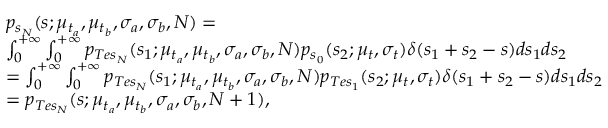
\begin{array} { r l } & { p _ { s _ { N } } ( s ; \mu _ { t _ { a } } , \mu _ { t _ { b } } , \sigma _ { a } , \sigma _ { b } , N ) = } \\ & { \int _ { 0 } ^ { + \infty } \int _ { 0 } ^ { + \infty } p _ { T e s _ { N } } ( s _ { 1 } ; \mu _ { t _ { a } } , \mu _ { t _ { b } } , \sigma _ { a } , \sigma _ { b } , N ) p _ { s _ { 0 } } ( s _ { 2 } ; \mu _ { t } , \sigma _ { t } ) \delta ( s _ { 1 } + s _ { 2 } - s ) d s _ { 1 } d s _ { 2 } } \\ & { = \int _ { 0 } ^ { + \infty } \int _ { 0 } ^ { + \infty } p _ { T e s _ { N } } ( s _ { 1 } ; \mu _ { t _ { a } } , \mu _ { t _ { b } } , \sigma _ { a } , \sigma _ { b } , N ) p _ { T e s _ { 1 } } ( s _ { 2 } ; \mu _ { t } , \sigma _ { t } ) \delta ( s _ { 1 } + s _ { 2 } - s ) d s _ { 1 } d s _ { 2 } } \\ & { = p _ { T e s _ { N } } ( s ; \mu _ { t _ { a } } , \mu _ { t _ { b } } , \sigma _ { a } , \sigma _ { b } , N + 1 ) , } \end{array}